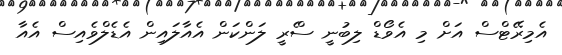
އެމިރޭޓްސް އަށް މި އެވޯޑް ލިބުނީ ސްެރީ ލަންކަން އެއާލައިން އެޑެލްވެއިސް އެއާ